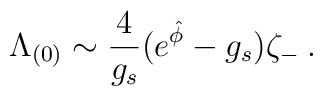
\Lambda_{(0)} \sim  {4\over g_s} (e^{\hat \phi} -  	g_s) \zeta_{-} \: .